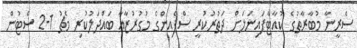
ސެރީނާ މުބާރާތުގެ ކުއާޓާފައިނަލަށް ދަތުރުކުރީ ސްޕެއިންގެ މުގުރުޒާއާ ބައްދަލުކުރި މެޗު 1-2 ސެޓުން